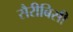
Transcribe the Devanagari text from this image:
सैरीबिसी